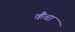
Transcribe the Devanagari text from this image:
कैंचा